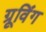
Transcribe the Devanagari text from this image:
ग्रूविंग